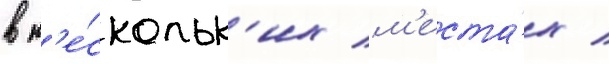
в н'е́скольк'их м'еста́х /